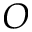
O